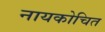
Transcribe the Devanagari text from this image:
नायकोचित